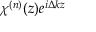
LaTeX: { { \chi } ^ { ( n ) } } ( z ) { { e } ^ { i \Delta k z } }